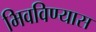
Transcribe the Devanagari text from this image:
भिवविण्यास